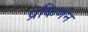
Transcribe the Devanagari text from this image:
प्रकिर्णन